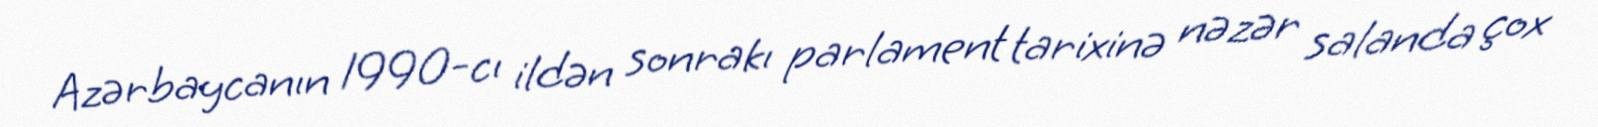
Azərbaycanın 1990-cı ildən sonrakı parlament tarixinə nəzər salanda çox